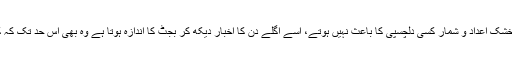
عام مشاہدہ یہ ہے کہ ایک عام آدمی کے لئے خشک اعداد و شمار کسی دلچسپی کا باعث نہیں ہوتے، اسے اگلے دن کا اخبار دیکھ کر بجٹ کا اندازہ ہوتا ہے وہ بھی اس حد تک کہ کون سی چیز مہنگی اور کون سی سستی ہوئی۔